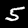
Label: 5